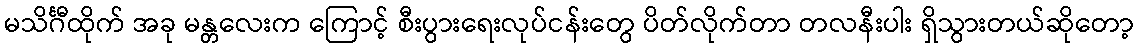
မသိင်္ဂီထိုက် အခု မန္တလေးက ကြောင့် စီးပွားရေးလုပ်ငန်းတွေ ပိတ်လိုက်တာ တလနီးပါး ရှိသွားတယ်ဆိုတော့